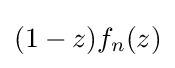
(1-z)f_{n}(z)